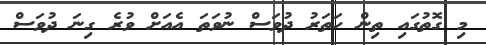
މި ގޮތުގައި ތިން ހަތަރު ދުވަސް ނުވަތަ އެއަށް ވުރެ ގިނަ ދުވަސް